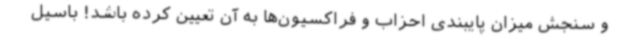
و سنجش میزان پایبندی احزاب و فراکسیون‌ها به آن تعیین کرده باشد! باسیل